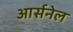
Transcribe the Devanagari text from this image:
आर्सनेल